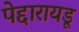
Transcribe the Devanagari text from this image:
पेद्दारायडू